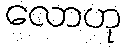
လောဟု